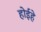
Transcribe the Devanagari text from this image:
होईहे